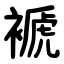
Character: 褫